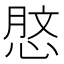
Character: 𢜑